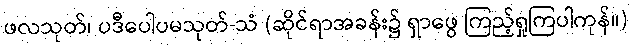
ဖလသုတ်၊ ပဒီပေါပမသုတ်-သံ (ဆိုင်ရာအခန်း၌ ရှာဖွေ ကြည့်ရှုကြပါကုန်။)